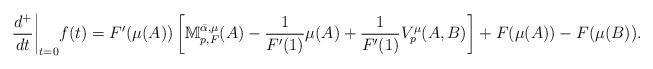
LaTeX: \begin{align*} \frac{d^+}{dt}\biggr\rvert_{t=0}f(t) = F'(\mu(A))\left[\mathbb{M}_{p,F}^{\bar{\alpha}, \mu}(A)- \frac{1}{F'(1)}\mu(A) + \frac{1}{F'(1)}V_{p}^{\mu}(A,B)\right]+ F(\mu(A))-F(\mu(B)). \end{align*}